Indian journal of veterinary science and animal husbandry - Volumes 15-17, 1948-1951
Year: 1948
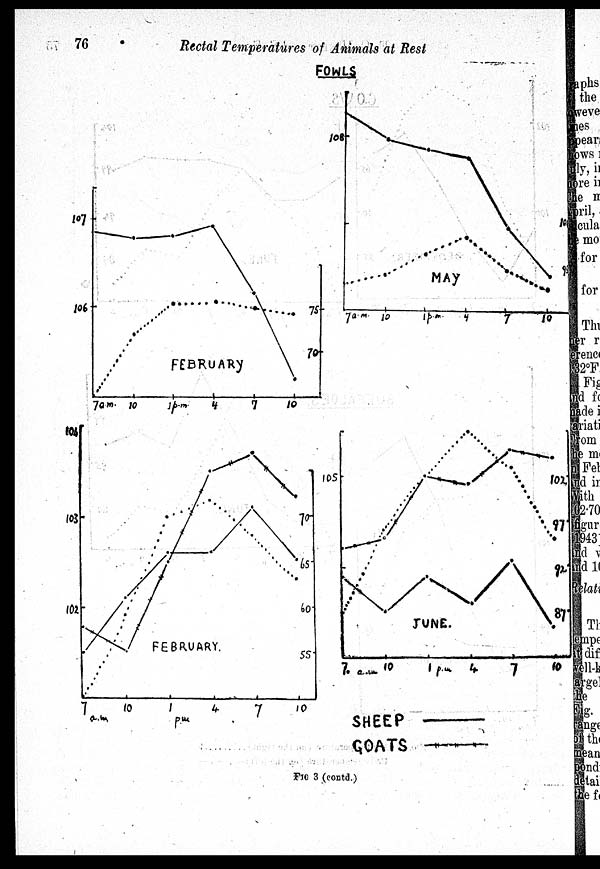
76
Rectal Temperatures of Animals at Rest
FIG. 3 (contd.)